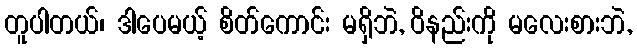
တူပါတယ်၊ ဒါပေမယ့် စိတ်ကောင်း မရှိဘဲ, ဝိနည်းကို မလေးစားဘဲ,